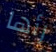
رأها